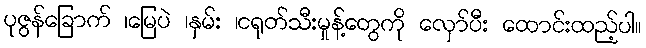
ပုဇွန်ခြောက် ၊မြေပဲ ၊နှမ်း ၊ငရုတ်သီးမှုန့်တွေကို လှော်ပီး ထောင်းထည့်ပါ။